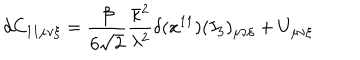
d C _ { 1 1 \mu \nu \xi } = \frac { \beta } { 6 \sqrt { 2 } } \frac { \bar { \kappa } ^ { 2 } } { \lambda ^ { 2 } } \delta ( x ^ { 1 1 } ) ( I _ { 3 } ) _ { \mu \nu \xi } + U _ { \mu \nu \xi }